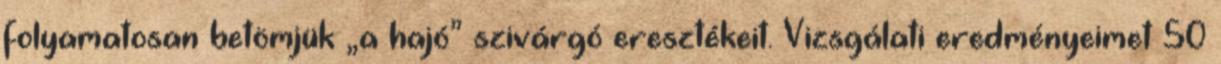
folyamatosan betömjük „a hajó” szivárgó eresztékeit. Vizsgálati e­redményeimet 50